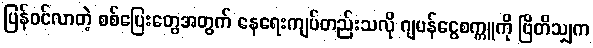
ပြန်ဝင်လာတဲ့ စစ်ပြေးတွေအတွက် နေရေးကျပ်တည်းသလို ဂျပန်ငွေစက္ကူကို ဗြိတိသျှက